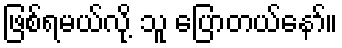
ဖြစ်ရမယ်လို့ သူ ပြောတယ်နော်။